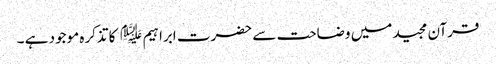
قرآن مجید میں وضاحت سے حضرت ابراہیم ﷤ کا تذکرہ موجود ہے ۔